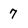
Character: 7